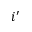
i ^ { \prime }